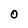
Character: 0